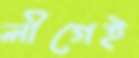
লীগেই